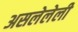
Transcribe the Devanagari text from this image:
असलेलेली